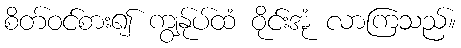
စိတ်ဝင်စား၍ ကျွန်ုပ်ထံ ဝိုင်းအုံ လာကြသည်။